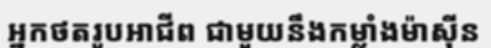
អ្នកថតរូបអាជីព ជាមួយនឹងកម្លាំងម៉ាស៊ីន